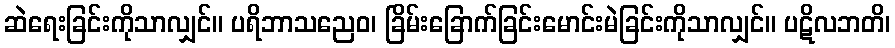
ဆဲရေးခြင်းကိုသာလျှင်။ ပရိဘာသညေဝ၊ ခြိမ်းခြောက်ခြင်းမောင်းမဲခြင်းကိုသာလျှင်။ ပဋိလဘတိ၊